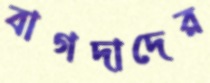
বাগদাদের